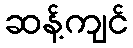
ဆန့်ကျင်